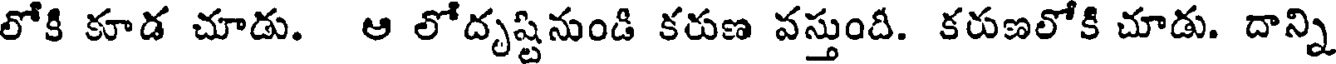
లోకి కూడ చూడు. ఆ లోదృష్టినుండి కరుణ వస్తుందీ. కరుణలోకి చూడు. దాన్ని